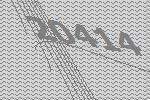
20414